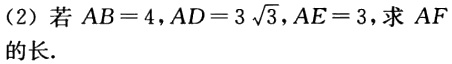
（2）若\(AB = 4\)，\(AD = 3\sqrt{3}\)，\(AE = 3\)，求 \(AF\)的长.